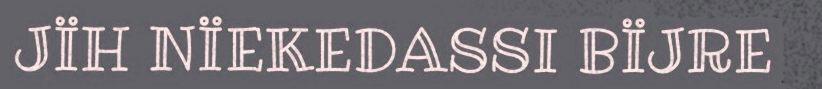
JÏH NÏEKEDASSI BÏJRE